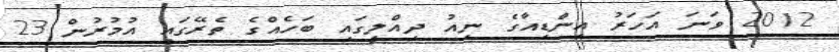
2012 ވަނަ އަހަރު އިންޑިއާގެ ނިއު ދިއްލީގައި ބަހެއްގެ ތެރޭގައި އުމުރުން 23